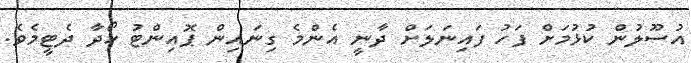
އުސޫލުން ކުޅުމަށް ފަހު ފައިނަލަށް ދާނީ އެންމެ ގިނައިން ޕޮއިންޓު ހޯދާ ދެޓީމެވެ.